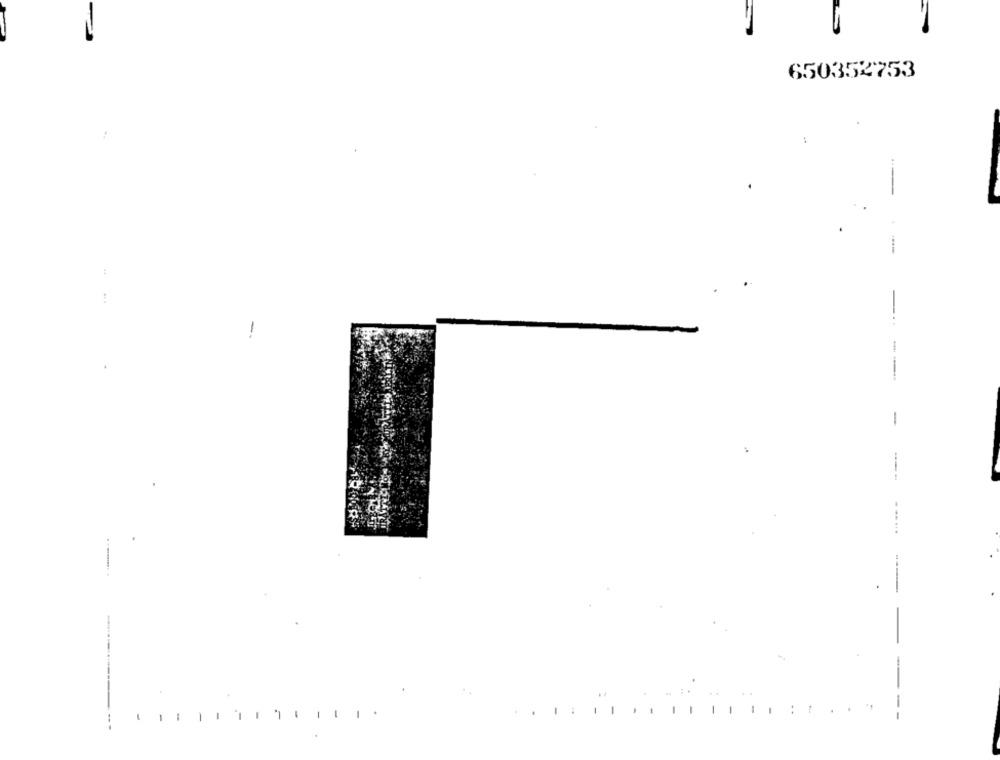
650352753
...
----
-
---
--....
...... .. .
1
--